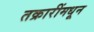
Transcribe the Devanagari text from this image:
तक्रारींमधून